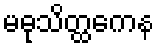
မဓုသိတ္ထကေန